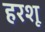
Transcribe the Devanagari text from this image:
हरशू